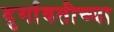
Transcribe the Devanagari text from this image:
दुर्गावतीच्या